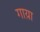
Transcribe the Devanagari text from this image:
गाय़ा